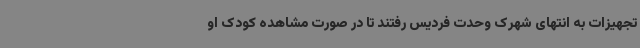
تجهیزات به انتهای شهرک وحدت فردیس رفتند تا در صورت مشاهده کودک او